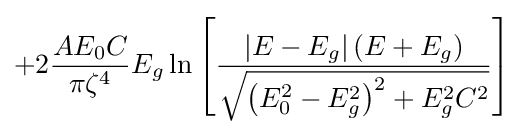
+2{\frac {AE_{0}C}{\pi \zeta ^{4}}}E_{g}\ln {\left[{\frac {\left|E-E_{g}\right|\left(E+E_{g}\right)}{\sqrt {\left(E_{0}^{2}-E_{g}^{2}\right)^{2}+E_{g}^{2}C^{2}}}}\right]}